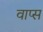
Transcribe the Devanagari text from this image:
वाप्स